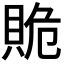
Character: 𧵥